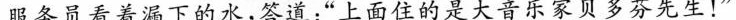
服务员看着漏下的水，答道：”上面住的是大音乐家贝多芬先生！”